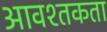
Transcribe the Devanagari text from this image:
आवश्तकता